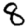
Digit: 8